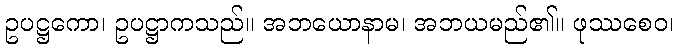
ဥပဋ္ဌကော၊ ဥပဋ္ဌာကသည်။ အဘယောနာမ၊ အဘယမည်၏။ ဖုဿစေဝ၊